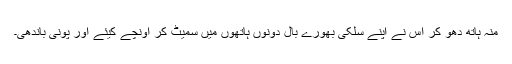
منہ ہاتھ دھو کر اس نے اپنے سلکی بھورے بال دونوں ہاتھوں میں سمیٹ کر اونچے کیئے اور پونی باندھی۔